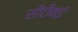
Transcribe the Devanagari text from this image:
सीटीवाई